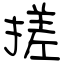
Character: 搓